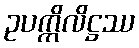
ဥပက္ကိလိဋ္ဌဿ